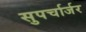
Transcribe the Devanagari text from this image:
सुपर्चार्जर